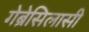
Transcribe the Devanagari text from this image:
गेब्रेसिलासी